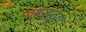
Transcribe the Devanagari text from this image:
मसतूंग